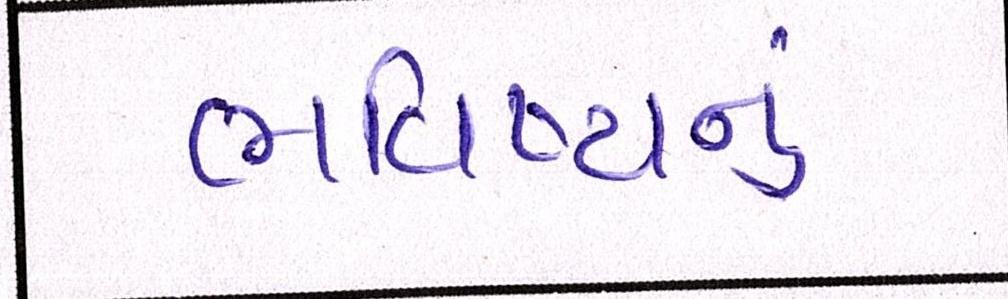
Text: ભવિષ્યનું